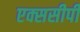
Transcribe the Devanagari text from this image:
एक्ससीपी